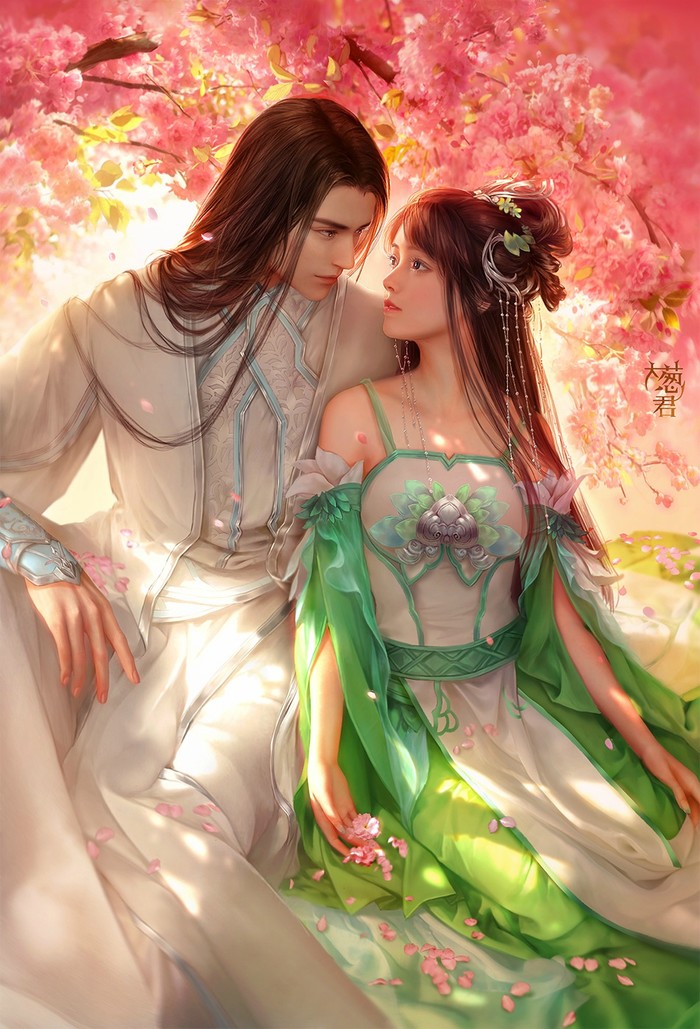
佳人亦何念，凄断阳关曲。